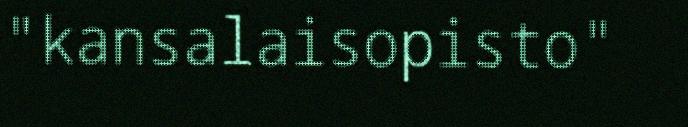
"kansalaisopisto"